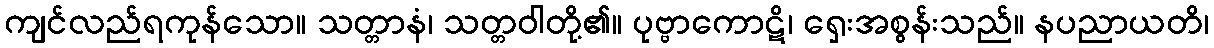
ကျင်လည်ရကုန်သော။ သတ္တာနံ၊ သတ္တဝါတို့၏။ ပုဗ္ဗာကောဋိ၊ ရှေးအစွန်းသည်။ နပညာယတိ၊